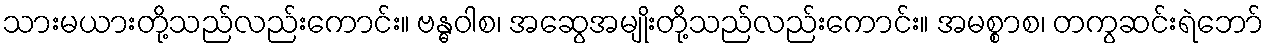
သားမယားတို့သည်လည်းကောင်း။ ဗန္ဓဝါစ၊ အဆွေအမျိုးတို့သည်လည်းကောင်း။ အမစ္စာစ၊ တကွဆင်းရဲဘော်